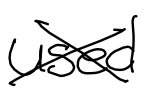
Text: used
Cross-out: cross
Writing tool: digital_black